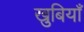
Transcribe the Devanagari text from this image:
खुबियाँ